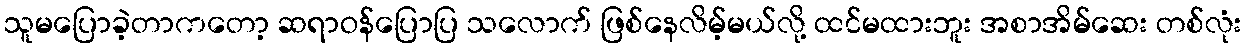
သူမပြောခဲ့တာကတော့ ဆရာဝန်ပြောပြ သလောက် ဖြစ်နေလိမ့်မယ်လို့ ထင်မထားဘူး အစာအိမ်ဆေး တစ်လုံး